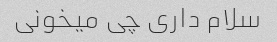
سلام داری چی میخونی